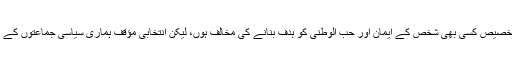
ذاتی طور پر میں بلا تخصیص کسی بھی شخص کے ایمان اور حب الوطنی کو ہدف بنانے کی مخالف ہوں، لیکن انتخابی مؤقف ہماری سیاسی جماعتوں کے بائیں ہاتھ کا کھیل ہے۔